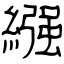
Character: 繦